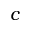
c